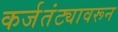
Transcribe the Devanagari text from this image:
कर्जतंट्यावरून